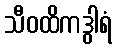
သီဝထိကဒွါရံ